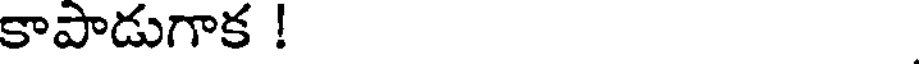
కాపాడుగాక !